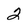
Character: 2